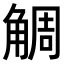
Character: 𧣷